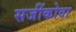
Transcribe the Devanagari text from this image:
सजींकोवा